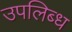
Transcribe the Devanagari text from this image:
उपलिब्ध